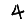
Digit: 4